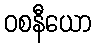
ဝစနီယော